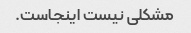
مشکلی نیست اینجاست.